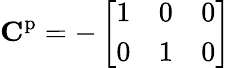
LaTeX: \mathbf{C}^{\mathrm{p}}=-\left[\begin{array}{lll}{1}&{0}&{0}\\ {0}&{1}&{0}\end{array}\right]